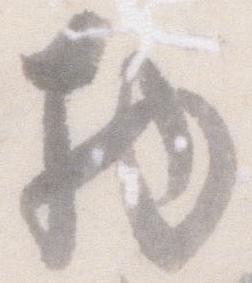
物